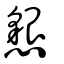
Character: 懇